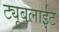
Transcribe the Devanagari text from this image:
ट्यूबलाईट